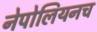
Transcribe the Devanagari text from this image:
नेपोलियनच